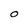
Character: O